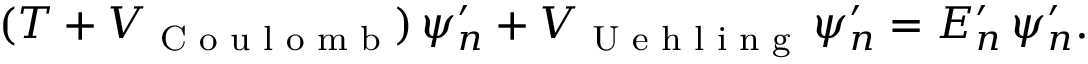
( T + V _ { \textrm { C o u l o m b } } ) \, \psi _ { n } ^ { \prime } + V _ { \textrm { U e h l i n g } } \, \psi _ { n } ^ { \prime } = E _ { n } ^ { \prime } \, \psi _ { n } ^ { \prime } .